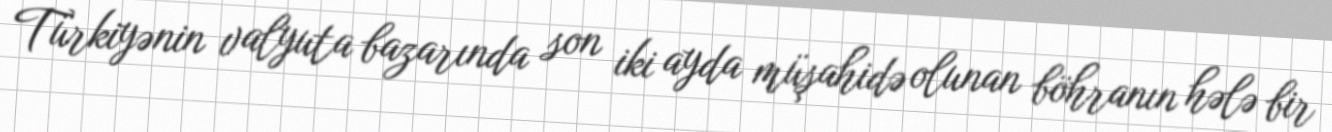
Türkiyənin valyuta bazarında son iki ayda müşahidə olunan böhranın hələ bir